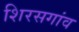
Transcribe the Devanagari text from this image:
शिरसगांव